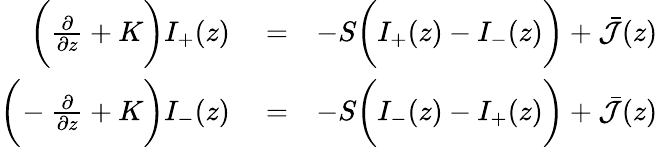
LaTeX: \begin{array}{rlr}{\bigg(\frac{\partial}{\partial z}+K\bigg)I_{+}(z)}&{{}=}&{-S\bigg(I_{+}(z)-I_{-}(z)\bigg)+\bar{\cal J}(z)}\\ {\bigg(\! -\frac{\partial}{\partial z}+K\bigg)I_{-}(z)}&{{}=}&{-S\bigg(I_{-}(z)-I_{+}(z)\bigg)+\bar{\cal J}(z)}\end{array}